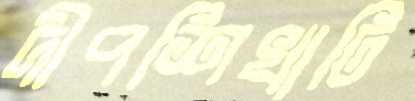
দীপশিখাটি